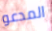
المدعو